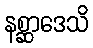
နစ္ဆာဒေသိ